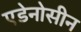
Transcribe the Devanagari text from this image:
एडेनोसीन